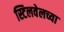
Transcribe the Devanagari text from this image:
स्टिलवेलच्या